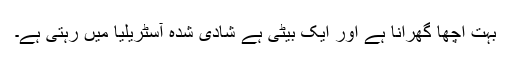
بہت اچھا گھرانا ہے اور ایک بیٹی ہے شادی شدہ آسٹریلیا میں رہتی ہے۔